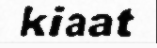
kiaat